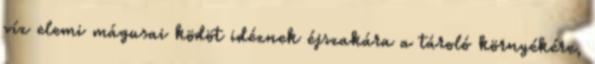
víz elemi mágusai ködöt idéznek éjszakára a tároló környékére,